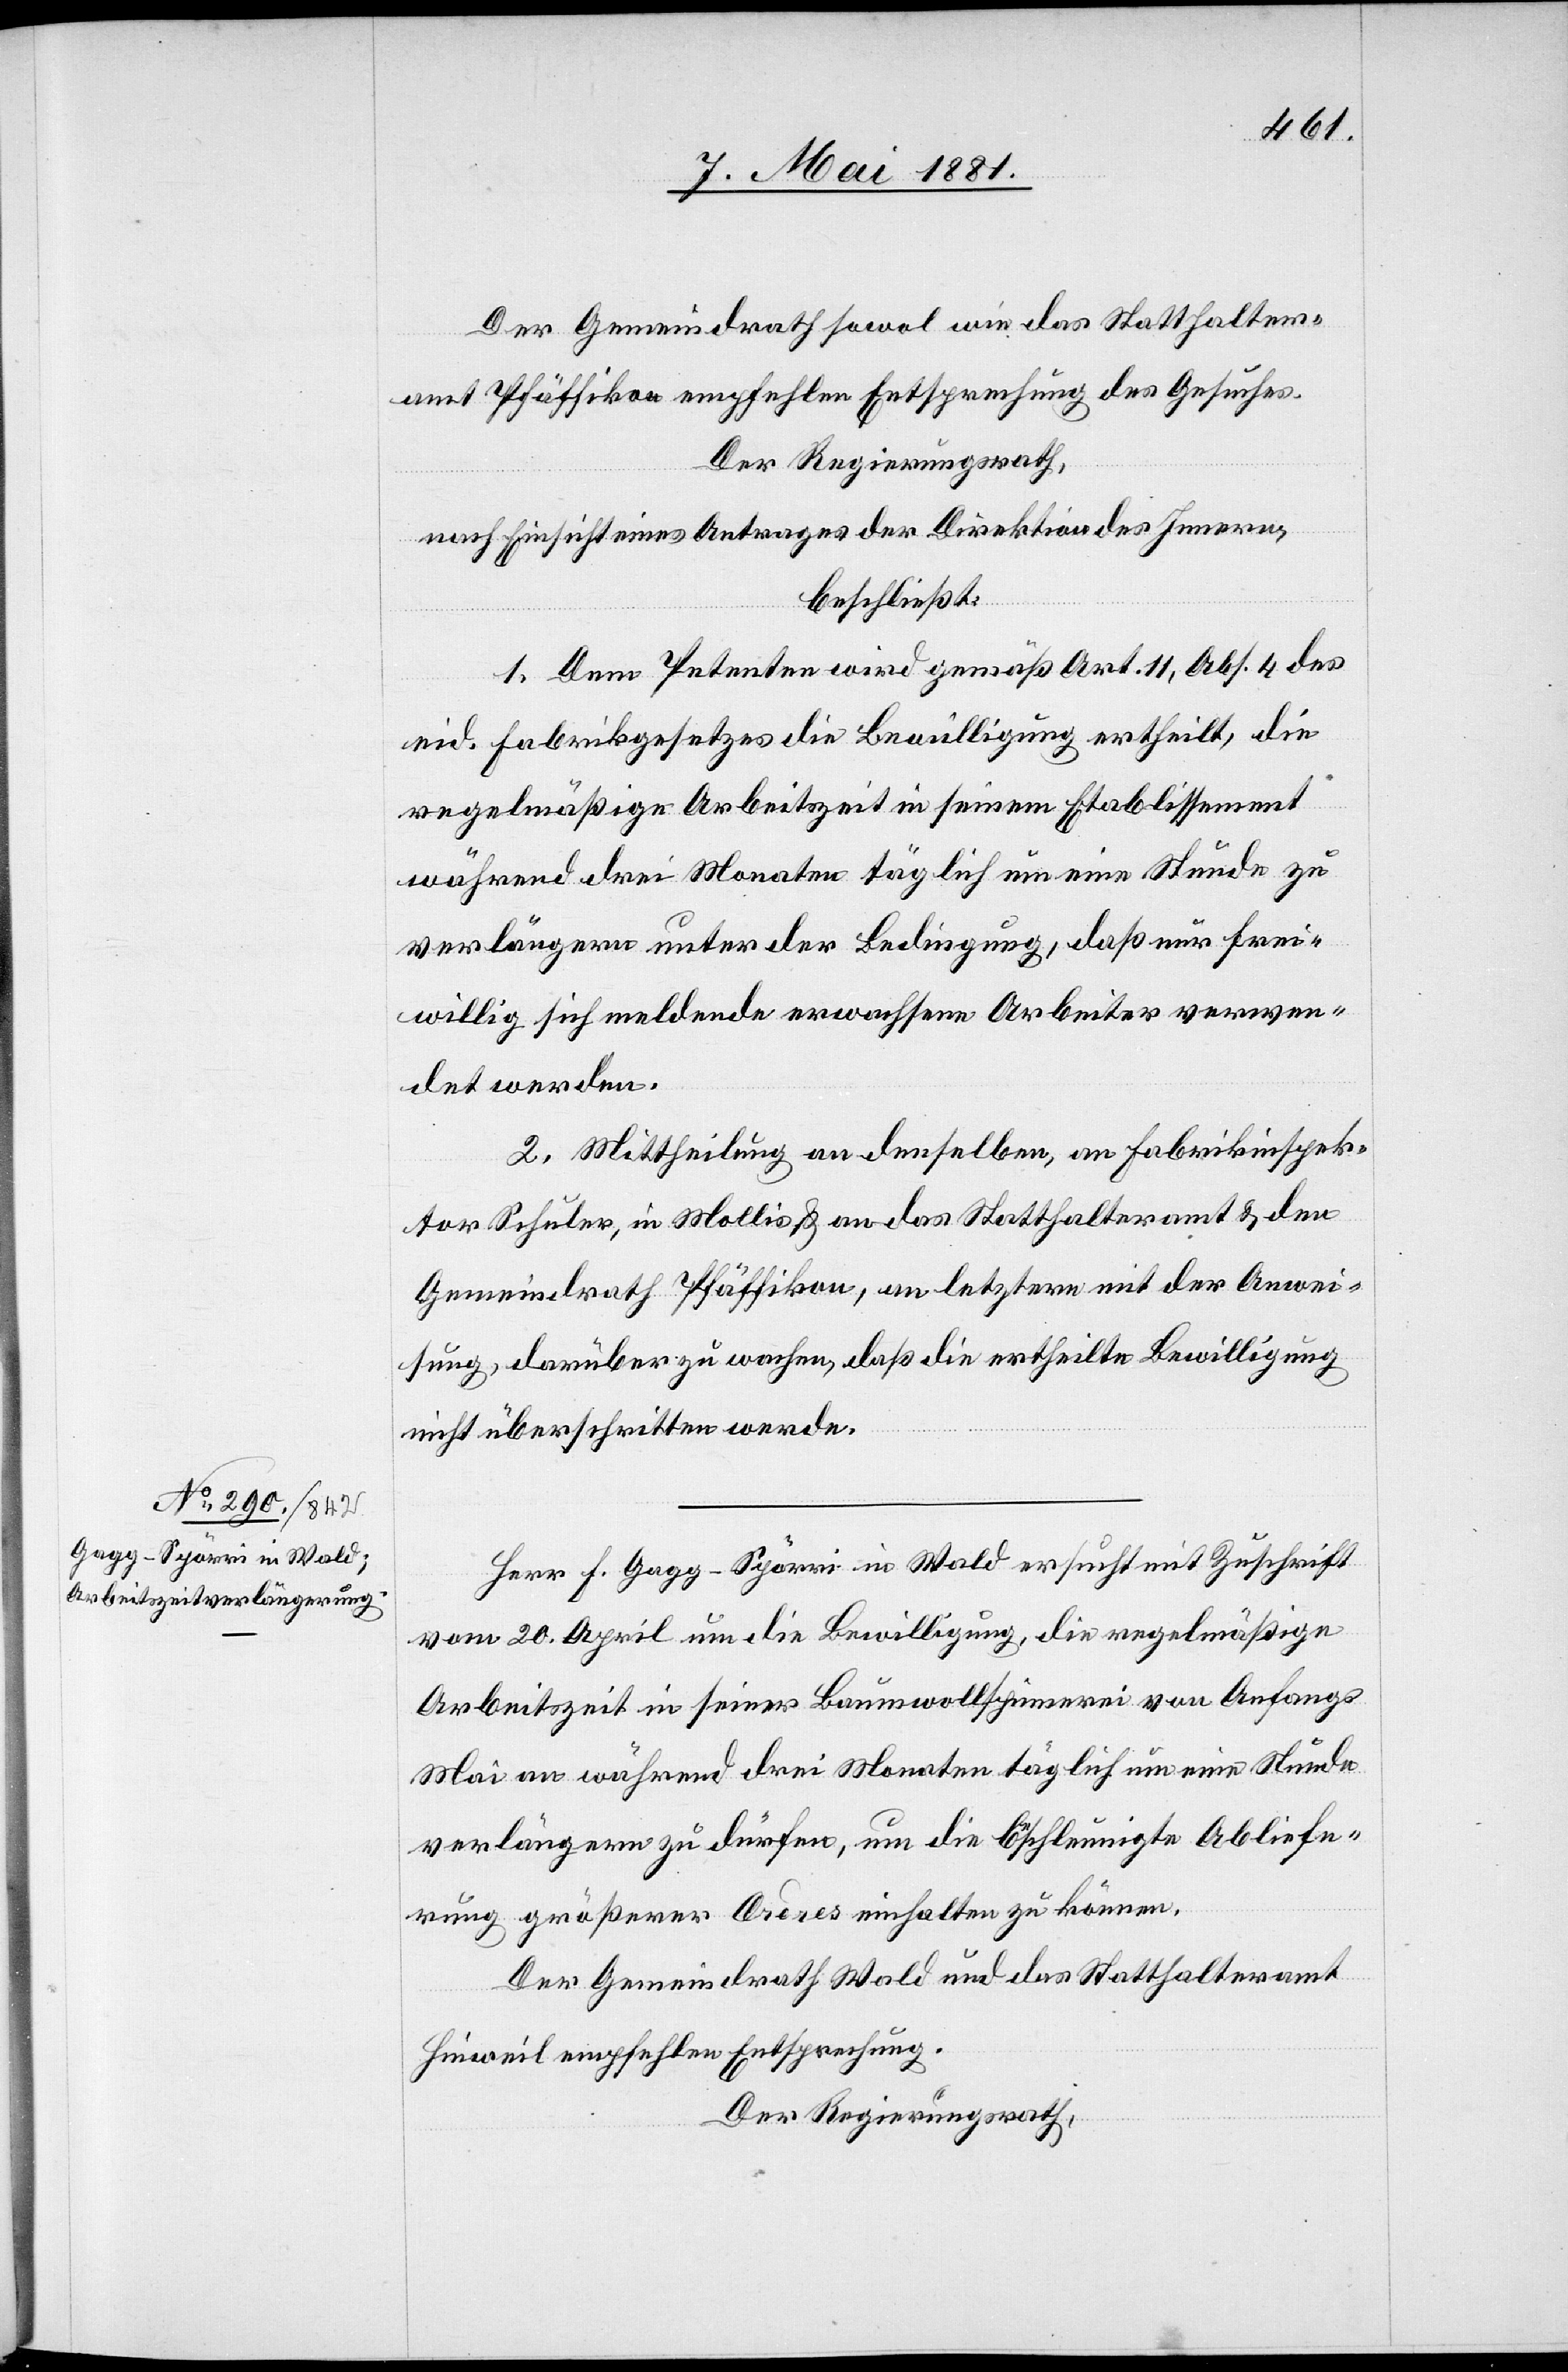
11. Mai 1881.]
Der Gemeindrath sowol wie das Statthalter¬
amt Pfäffikon empfehlen Entsprechung des Gesuches.
Der Regierungsrath,
nach Einsicht eines Antrages der Direktion des Innern,
beschließt:
1. Dem Petenten wird gemäß Art. 11, Abs. 4 des
eid. Fabrikgesetzes die Bewilligung ertheilt, die
regelmäßige Arbeitszeit in seinem Etablissement
während drei Monaten täglich um eine Stunde zu
verlängern unter der Bedingung, daß nur frei¬
willig sich meldende erwachsene Arbeiter verwen¬
det werden.
2. Mittheilung an denselben, an Fabrikinspek¬
tor Schuler, in Mollis, & an das Statthalteramt & den
Gemeindrath Pfäffikon, an letztern mit der Anwei¬
sung, darüber zu wachen, daß die ertheilte Bewilligung
nicht überschritten werde.
Herr F. Gagg-Spörri in Wald ersucht mit Zuschrift
vom 20. April um die Bewilligung, die regelmäßige
Arbeitszeit in seiner Baumwollspinnerei von Anfangs
Mai an während drei Monaten täglich um eine Stunde
verlängern zu dürfen, um die beschleunigte Abliefe¬
rung größerer Ordres einhalten zu können.
Der Gemeindrath Wald und das Statthalteramt
Hinweil empfehlen Entsprechung.
Der Regierungsrath,